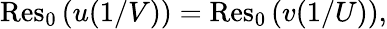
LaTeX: \operatorname{Res}_{0}\left(u(1/V)\right)=\operatorname{Res}_{0}\left(v(1/U)\right),